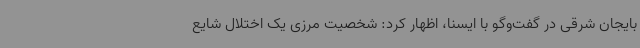
بایجان شرقی در گفت‌وگو با ایسنا، اظهار کرد: شخصیت مرزی یک اختلال شایع